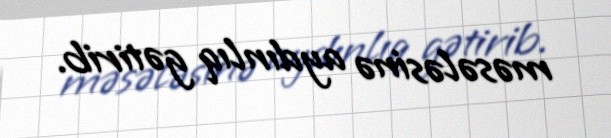
məsələsinə aydınlıq gətirib.